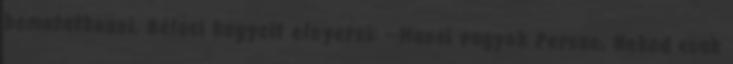
bemutatkozni, Béluci kegyeit elnyerni: --Manci vagyok Persze, Neked csak